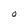
Character: O